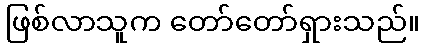
ဖြစ်လာသူက တော်တော်ရှားသည်။